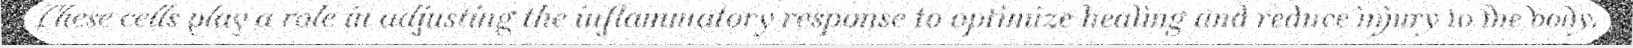
These cells play a role in adjusting the inflammatory response to optimize healing and reduce injury to the body.